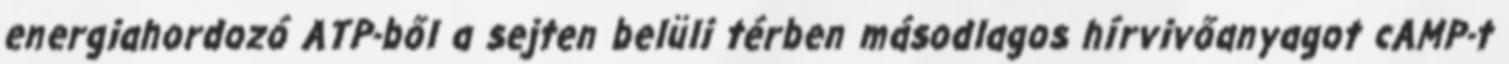
energiahordozó ATP-ből a sejten belüli térben másodlagos hírvivőanyagot cAMP-t